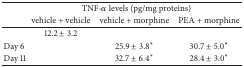
<table><thead><tr><td>[EMPTY_CELL]</td><td colspan="3"><b>TNF-<i>α</i> levels (pg/mg proteins)</b></td></tr><tr><td>[EMPTY_CELL]</td><td><b>vehicle + vehicle</b></td><td><b>vehicle + morphine</b></td><td><b>PEA + morphine</b></td></tr></thead><tbody><tr><td>[EMPTY_CELL]</td><td>12.2 ± 3.2</td><td>[EMPTY_CELL]</td><td>[EMPTY_CELL]</td></tr><tr><td>Day 6</td><td>[EMPTY_CELL]</td><td>25.9 ± 3.8<sup>*</sup></td><td>30.7 ± 5.0<sup>*</sup></td></tr><tr><td>Day 11 </td><td>[EMPTY_CELL]</td><td>32.7 ± 6.4<sup>*</sup></td><td>28.4 ± 3.0<sup>*</sup></td></tr></tbody></table>